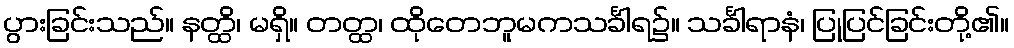
ပွားခြင်းသည်။ နတ္ထိ၊ မရှိ။ တတ္ထ၊ ထိုတေဘူမကသင်္ခါရ၌။ သင်္ခါရာနံ၊ ပြုပြင်ခြင်းတို့၏။